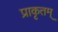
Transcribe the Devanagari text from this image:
प्राकृतम्